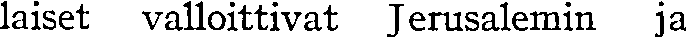
laiset valloittivat Jerusalemin ja